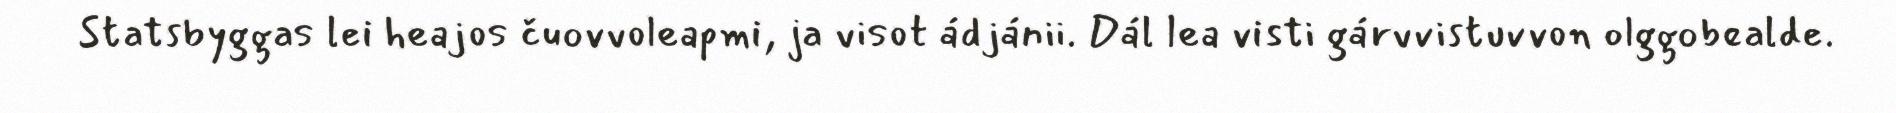
Statsbyggas lei heajos čuovvoleapmi, ja visot ádjánii. Dál lea visti gárvvistuvvon olggobealde.